Lunatic asylums United Prov. 1922-30 - 1922-1930
Year: 1922
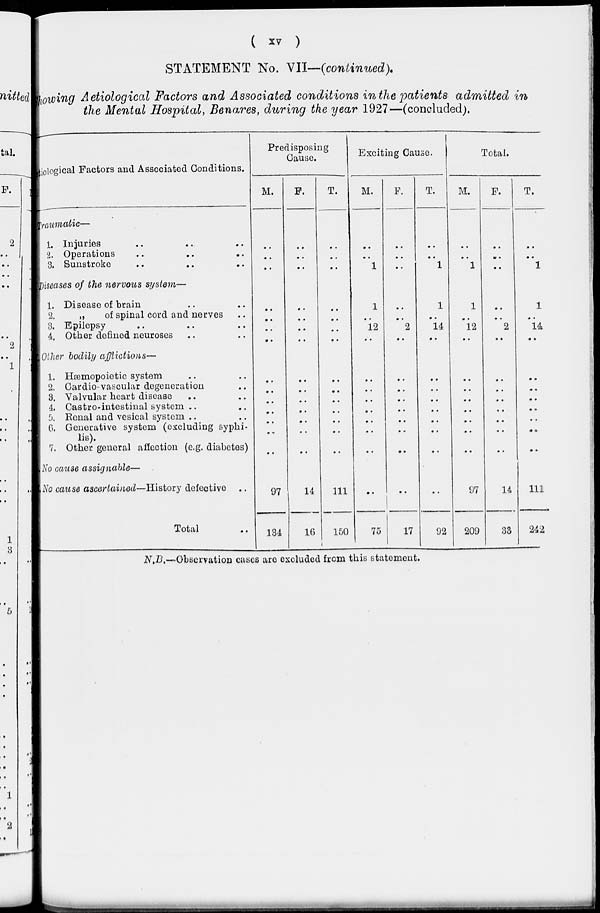
( xv )
STATEMENT No. VII—(continued).
Showing Aetiological Factors and Associated conditions in the patients admitted in
the Mental Hospital, Benares, during the year 1927—(concluded).
Aetiological Factors and Associated Conditions.
Traumatic—
1. Injuries .. .. ..
2. Operations .. .. ..
3. Sunstroke .. .. ..
Diseases of the nervous System—
1. Disease of brain .. ..
2.
„
of spinal cord and nerves ..
3. Epilepsy .. .. ..
4. Other defined neuroses .. ..
Other bodily afflictions—
1. Hæmopoietic system .. ..
2. Cardio-vascular degeneration ..
3. Valvular heart disease .. ..
4. Castro-intestinal system .. ..
5. Renal and vesical system .. ..
6. Generative System (excluding Syphi-
lis).
7. Other general affection (e.g. diabetes)
No cause assignable—
No cause ascertained—History defective ..
Total ..
Predisposing
Cause.
M.
F.
T.
Exciting Cause.
M.
F.
T.
Total.
M.
F.
T.
..
..
..
..
..
..
..
..
..
..
..
1
..
..
..
..
..
1
..
..
1
..
..
..
..
..
1
..
..
..
..
..
..
..
..
..
..
..
..
1
..
12
..
..
..
2
..
1
..
14
..
1
..
12
..
..
..
2
..
1
..
14
..
..
..
..
..
..
..
..
..
..
..
..
..
..
..
..
..
..
..
..
..
..
..
..
..
..
..
..
..
..
..
..
..
..
..
..
..
..
..
..
..
..
..
..
..
..
..
..
..
..
..
..
..
..
..
..
..
..
..
..
..
..
..
..
97
134
14
16
111
150
..
75
..
17
..
92
97
209
14
33
111
242
N.B.—Observation cases are excluded from this statement.